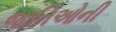
જાતિઓની